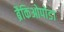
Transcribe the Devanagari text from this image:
ब्रैकिओपोडा